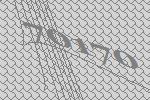
70170